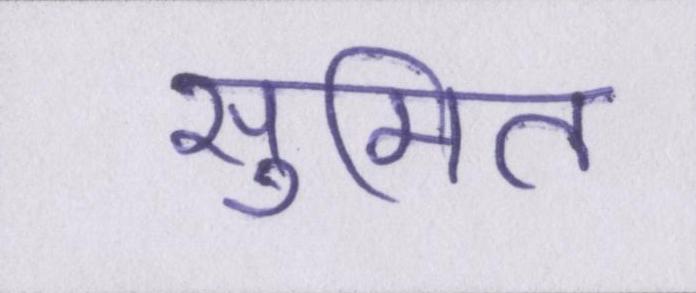
सुमित